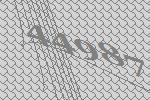
44987